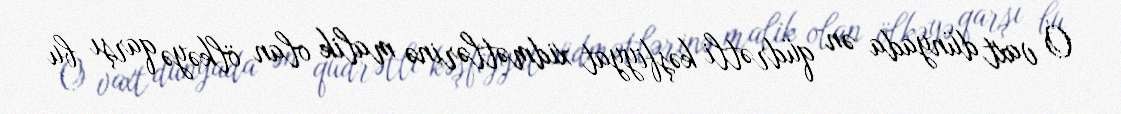
O vaxt dünyada ən qüdrətli kəşfiyyat xidmətlərinə malik olan ölkəyə qarşı bu